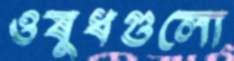
ওষুধগুলো